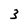
Character: 3